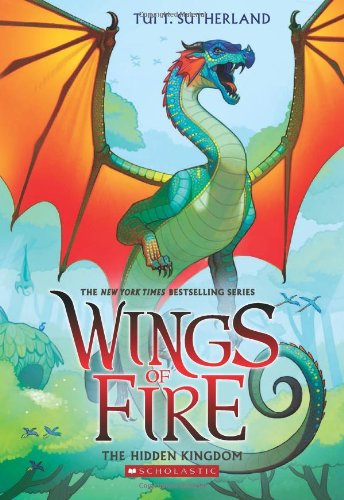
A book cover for Wings of Fire Book Three: The Hidden Kingdom; Tui T. Sutherland; Children's Books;